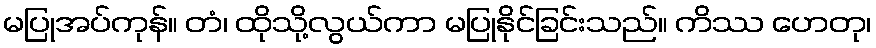
မပြုအပ်ကုန်။ တံ၊ ထိုသို့လွယ်ကာ မပြုနိုင်ခြင်းသည်။ ကိဿ ဟေတု၊